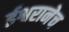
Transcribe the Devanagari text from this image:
ईश्वरानेच